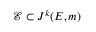
{ \mathcal { E } } \subset J ^ { k } ( E , m )